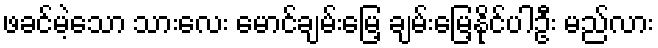
ဖခင်မဲ့သော သားလေး မောင်ချမ်းမြေ့ ချမ်းမြေ့နိုင်ပါဦး မည်လား